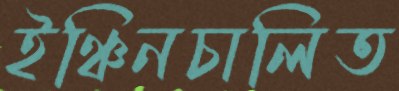
ইঞ্চিনচালিত